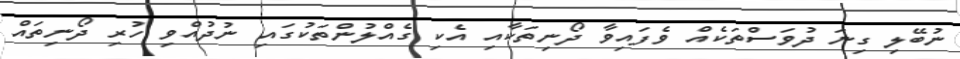
ނުބޭލި ގިނަ ދުވަސްތަކެއް ވެފައިވާ ދޯނިތަކާއި އެކި ގެއްލުންތަކުގައި ނުދުއްވި ހުރި ދޯނިތައް